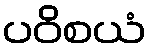
ပဝိစယံ